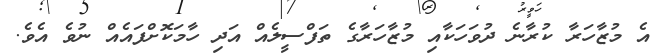
އެ މުޒާހަރާ ކުރާނެ ދުވަހަކާއި މުޒާހަރާގެ ތަފްސީލެއް އަދި ހާމަކޮށްފައެއް ނުވެ އެވެ.